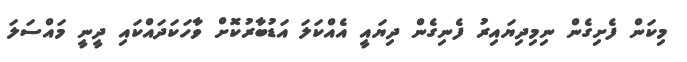
މިކަން ފެށިގެން ނިމިދިޔައިރު ފެނިގެން ދިޔައީ އެއްކަލަ އަޑުބާރުކޮށް ވާހަކަދައްކައި ދީނީ މައްސަލަ